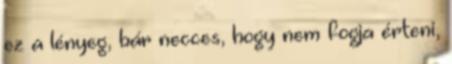
ez a lényeg, bár necces, hogy nem fogja érteni,